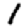
Digit: 1